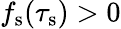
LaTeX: f_{\mathrm{s}}(\tau_{\mathrm{s}})>0